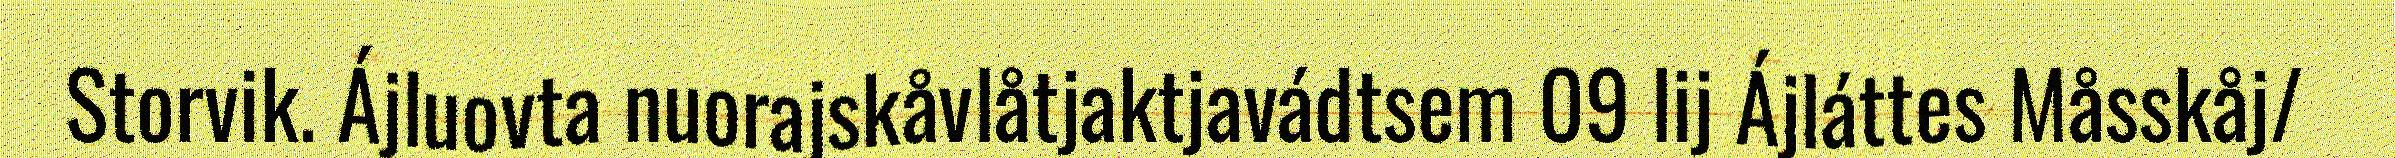
Storvik. Ájluovta nuorajskåvlåtjaktjavádtsem 09 lij Ájláttes Måsskåj/